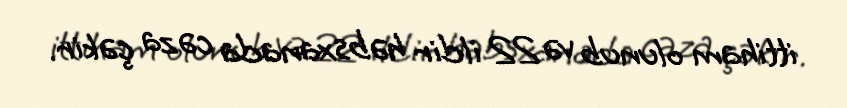
ittiham olunub və 22 ildir həbsxanada cəza çəkir.